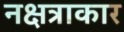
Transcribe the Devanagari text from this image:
नक्षत्राकार